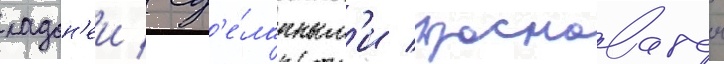
ладон'еи / сд'е́ланным'и красноватои